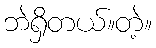
ဘဲရှိတယ်။တဲ့။